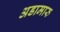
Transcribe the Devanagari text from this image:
अडामारु